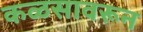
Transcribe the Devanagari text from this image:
कळसावरून